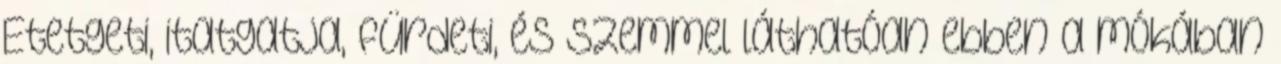
Etetgeti, itatgatja, fürdeti, és szemmel láthatóan ebben a mókában